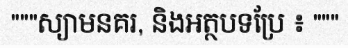
"""ស្យាមនគរ, និងអត្ថបទប្រែ ៖ """